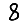
Digit: 8